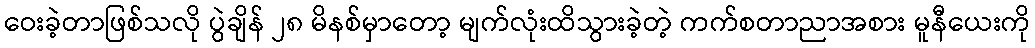
ဝေးခဲ့တာဖြစ်သလို ပွဲချိန် ၂၈ မိနစ်မှာတော့ မျက်လုံးထိသွားခဲ့တဲ့ ကက်စတာညာအစား မူနီယေးကို